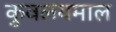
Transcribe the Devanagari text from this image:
कुवलयमाल